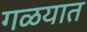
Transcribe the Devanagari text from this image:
गळयात